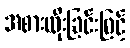
အစားထိုးခြင်းဖြင့်